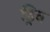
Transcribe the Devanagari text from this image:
ड्रिव